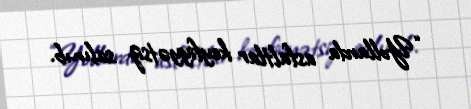
“Yollarda asfaltlar keyfiyyətsiz salınıb.